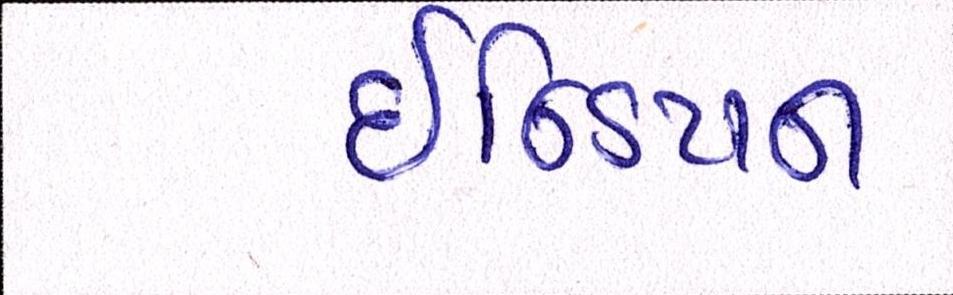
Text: ઇન્ડિયન